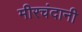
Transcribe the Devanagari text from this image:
मीरचंदानी